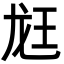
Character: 䶭